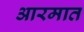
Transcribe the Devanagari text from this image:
आरमात